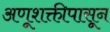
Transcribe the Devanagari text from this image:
अणूशक्तीपासून